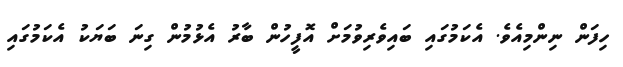
ހިފަން ނިންމިއެވެ. އެކަމުގައި ބައިވެރިވުމަށް އޮފީހުން ބާރު އެޅުމުން ގިނަ ބަޔަކު އެކަމުގައި